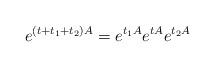
LaTeX: \begin{align*}e^{(t+t_1+t_2)A} = e^{t_1 A} e^{tA} e^{t_2 A}\end{align*}